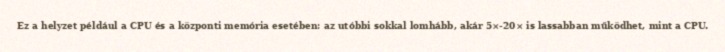
Ez a helyzet például a CPU és a központi memória esetében: az utóbbi sokkal lomhább, akár 5×-20× is lassabban működhet, mint a CPU.